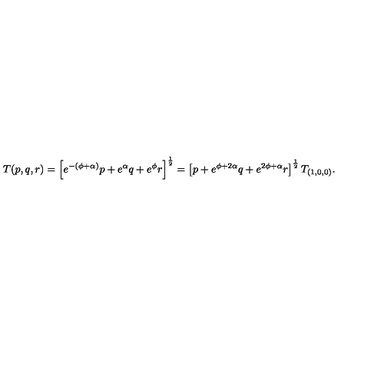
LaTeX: T ( p , q , r ) = \left[ e ^ { - ( \phi + \alpha ) } p + e ^ { \alpha } q + e ^ { \phi } r \right] ^ { \frac { 1 } { 2 } } = \left[ p + e ^ { \phi + 2 \alpha } q + e ^ { 2 \phi + \alpha } r \right] ^ { \frac { 1 } { 2 } } T _ { ( 1 , 0 , 0 ) } .